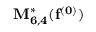
\bf { M } _ { 6 , 4 } ^ { * } ( f ^ { ( 0 ) } )